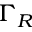
\Gamma _ { R }